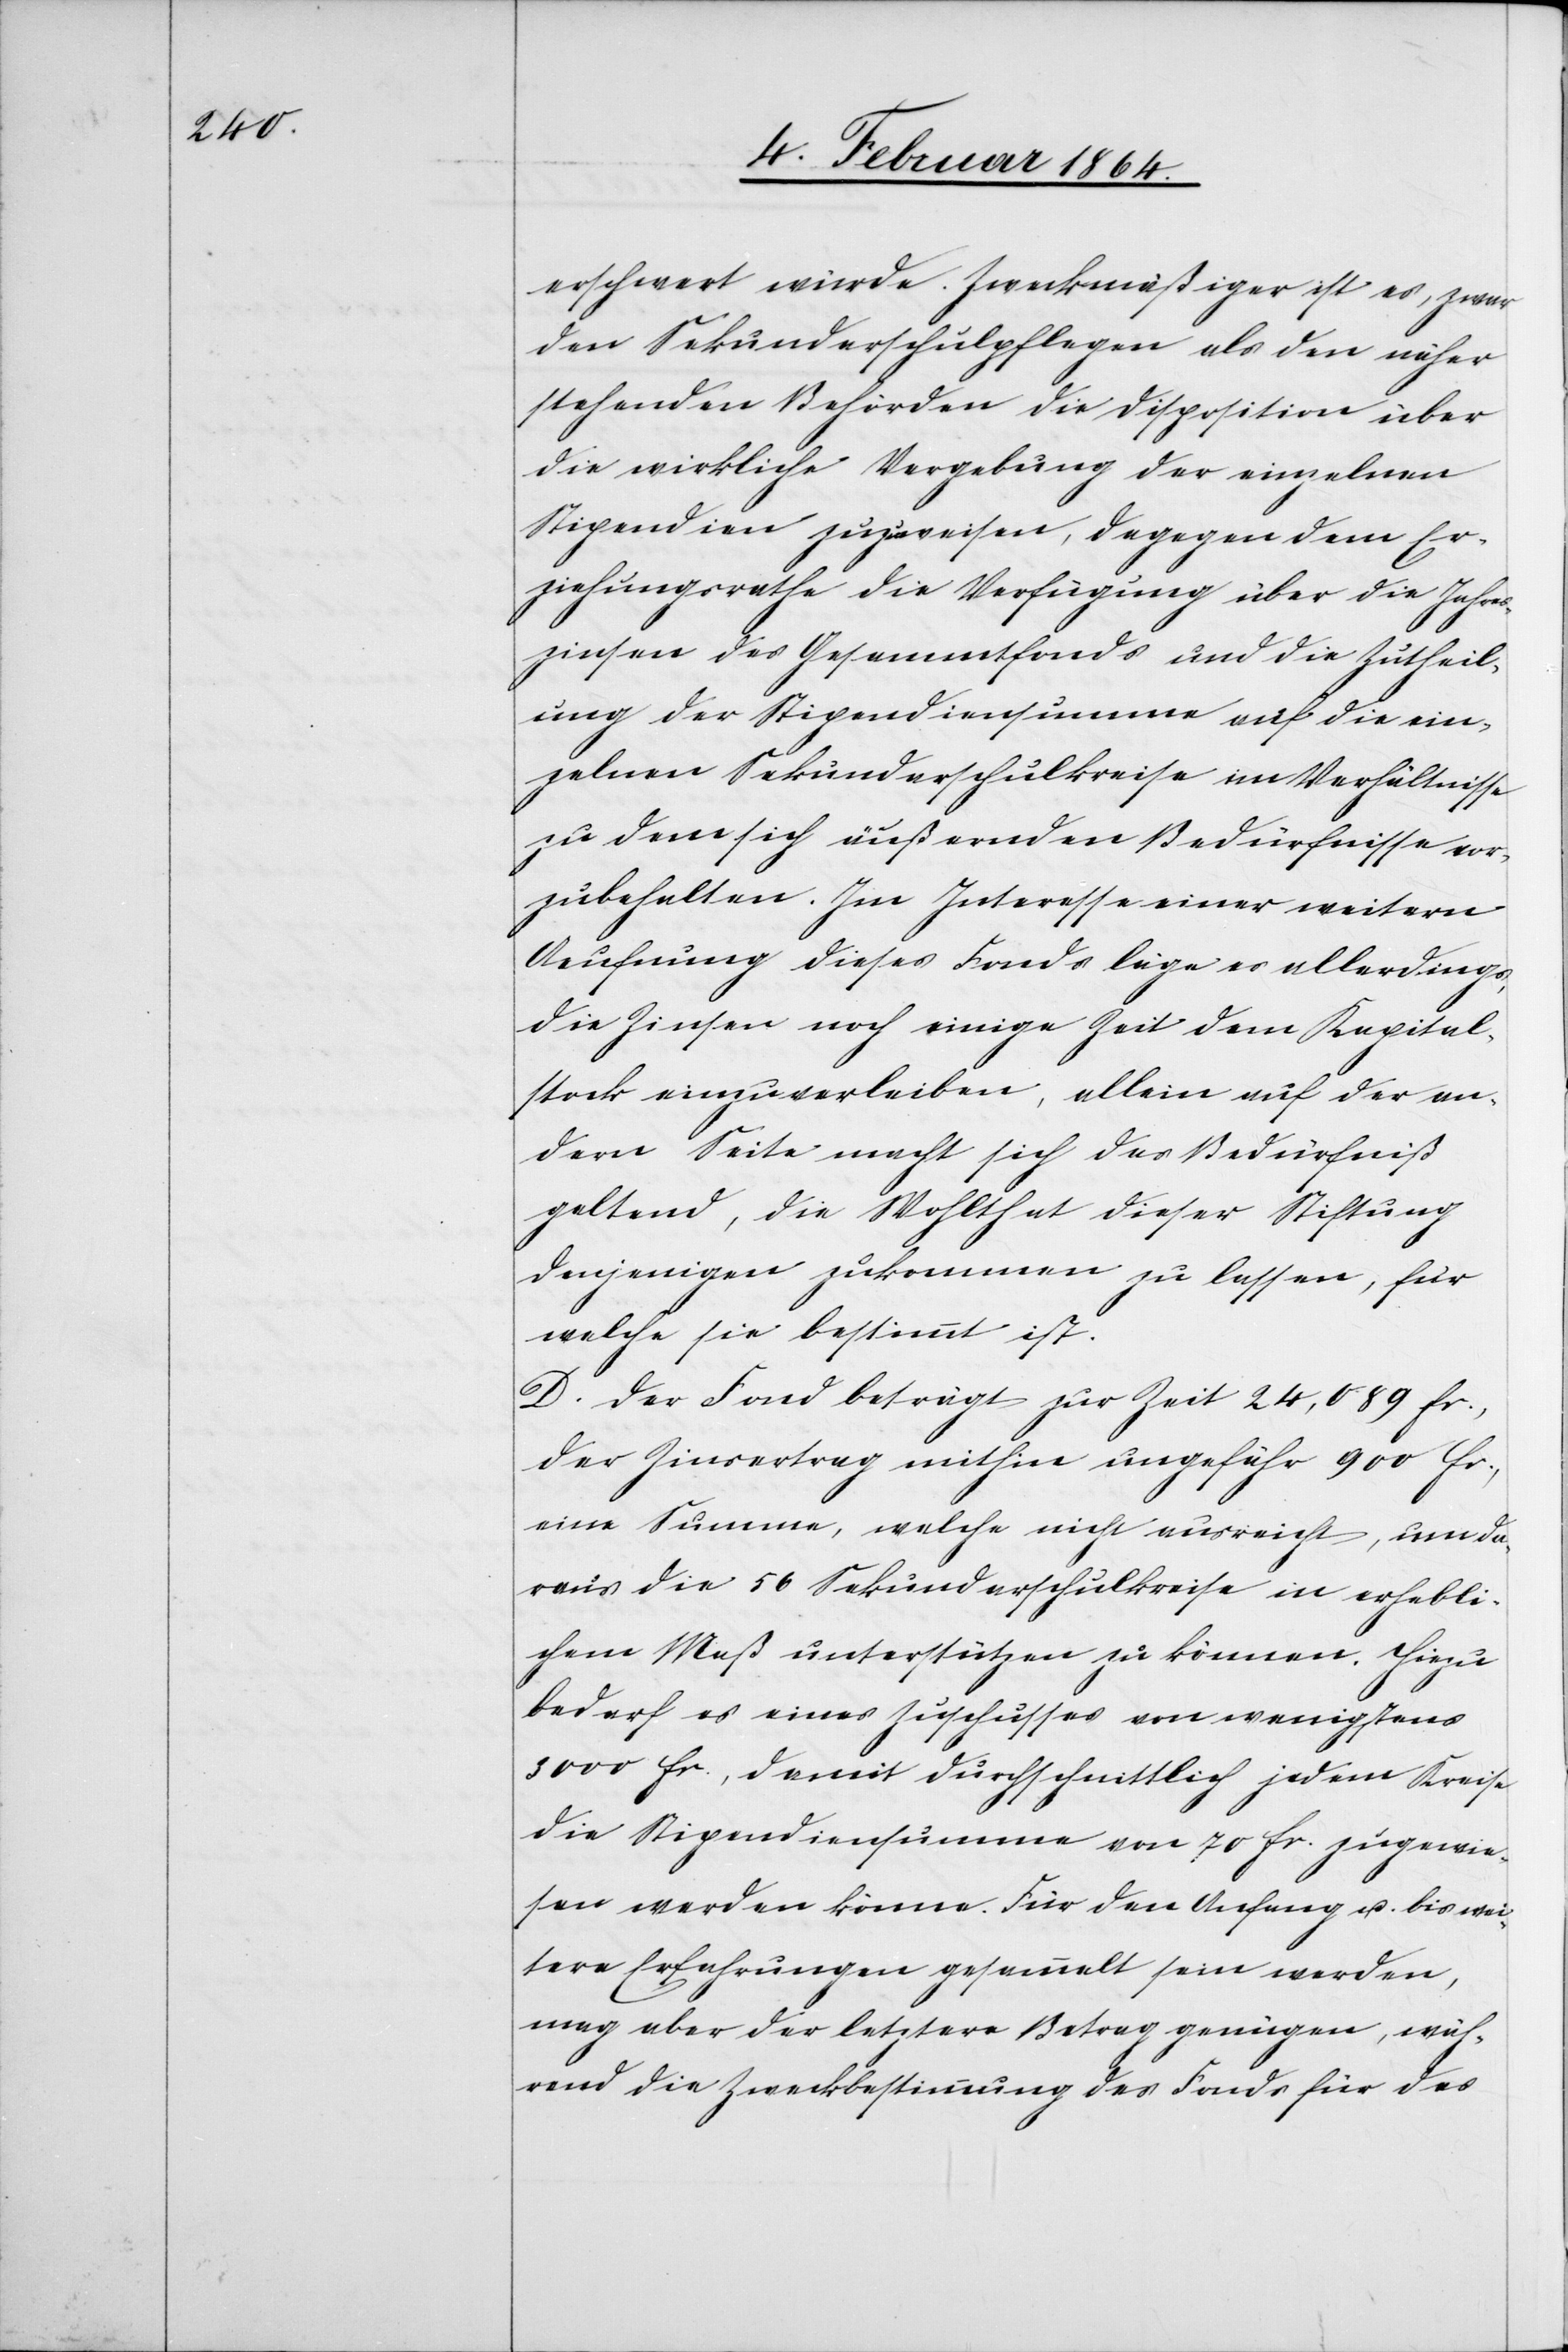
erschwert würde. Zweckmäßiger ist es, zwar
den Sekundarschulpflegen als den näher
stehenden Behörden die Disposition über
die wirkliche Vergebung der einzelnen
Stipendien zuzuweisen, dagegen dem Er¬
ziehungsrathe die Verfügung über die Jahres¬
zinsen des Gesammtfonds und die Zutheil¬
ung der Stipendiensumme auf die ein¬
zelnen Sekundarschulkreise im Verhältnisse
zu dem sich äußernden Bedürfnisse vor¬
zubehalten. Im Interesse einer weitern
Aeufnung dieses Fonds läge es allerdings,
die Zinsen noch einige Zeit dem Kapital¬
stock einzuverleiben, allein auf der an¬
dern Seite macht sich das Bedürfniß
geltend, die Wohlthat dieser Stiftung
denjenigen zukommen zu lassen, für
welche sie bestimmt ist.
D. Der Fond beträgt zur Zeit 24,089 fr.,
der Zinsertrag mithin ungefähr 900 fr.,
eine Summe, welche nicht ausreicht, um da¬
raus die 56 Sekundarschulkreise in erhebli¬
chem Maß unterstützen zu können. Hiezu
bedarf es eines Zuschusses von wenigstens
3000 fr., damit durchschnittlich jedem Kreise
die Stipendiensumme von 70 fr. zugewie¬
sen werden könne. Für den Anfang u. bis wei¬
tere Erfahrungen gesammelt sein werden,
mag aber der letztere Betrag genügen, wäh¬
rend die Zweckbestimmung des Fonds für das